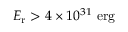
E _ { \mathrm { r } } > 4 \times 1 0 ^ { 3 1 } \ \mathrm { e r g }